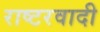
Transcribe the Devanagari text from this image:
राष्टरवादी